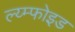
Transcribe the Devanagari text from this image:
ल्य्म्फोइड